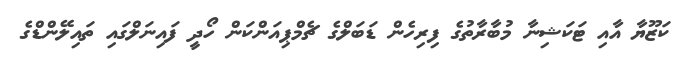
ކަޒޫޔާ އާއި ޓަކަޝިނާ މުބާރާތުގެ ފިރިހެން ޑަބަލްގެ ޗެމްޕިއަންކަން ހޯދީ ފައިނަލްގައި ތައިލޭންޑްގެ